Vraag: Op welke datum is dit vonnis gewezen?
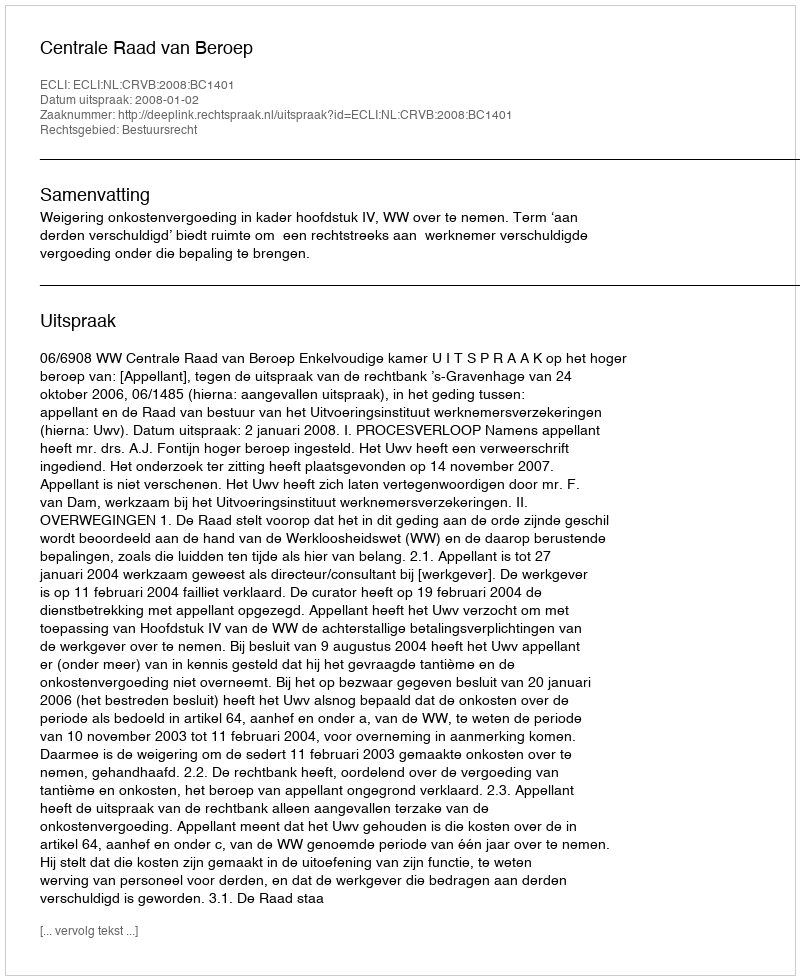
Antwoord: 2008-01-02